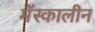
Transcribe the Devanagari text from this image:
मॅस्कालीन